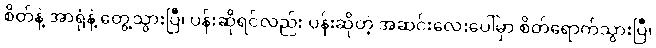
စိတ်နဲ့ အာရုံနဲ့ တွေ့သွားပြီ၊ ပန်းဆိုရင်လည်း ပန်းဆိုတဲ့ အဆင်းလေးပေါ်မှာ စိတ်ရောက်သွားပြီ၊